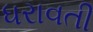
ધરાવતી